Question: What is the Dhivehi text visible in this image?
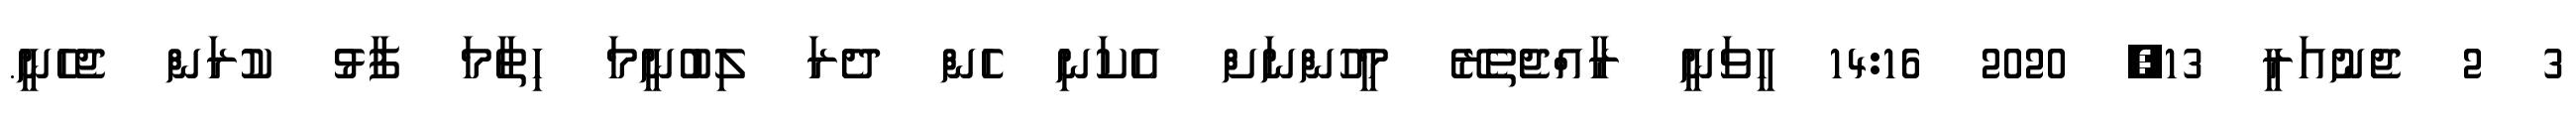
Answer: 3 2 ޖެނުއަރީ 13, 2020 14:16 ހީވަނީ ރާއްޖެތެރޭ މީހުންނަށް އެކަނި ހެން ދެރަ ލިބުނީމަ ހިތާމަ ފާޅު ކުރަން ޖެހެނީ.